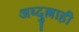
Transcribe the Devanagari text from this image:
अब्दुल्लाही